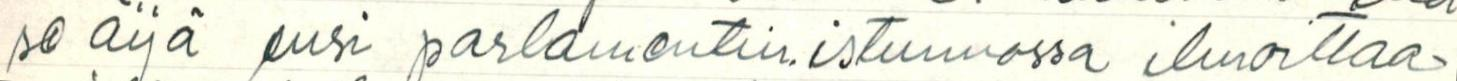
se äijä ensi parlamentin.istunnossa ilmoittaa